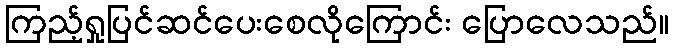
ကြည့်ရှုပြင်ဆင်ပေးစေလိုကြောင်း ပြောလေသည်။